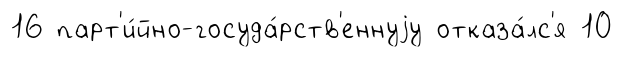
16 парт'и́йно-госуда́рств'еннуjу отказа́лс'я 10